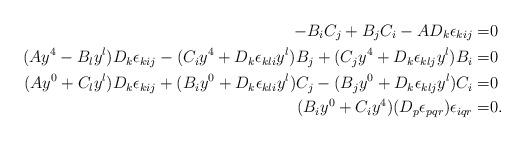
LaTeX: \begin{align*}-B_i C_j+B_j C_i-AD_k \epsilon_{kij} = & 0\\ (Ay^4-B_l y^l) D_k\epsilon_{kij}-(C_i y^4+D_k \epsilon_{kli} y^l)B_j + (C_j y^4+D_k \epsilon_{klj} y^l)B_i =& 0\\ (Ay^0+C_l y^l) D_k\epsilon_{kij}+(B_i y^0+D_k \epsilon_{kli} y^l)C_j -(B_j y^0+D_k \epsilon_{klj} y^l)C_i = & 0\\ (B_i y^0+C_i y^4)(D_p\epsilon_{pqr}) \epsilon_{iqr} =& 0.\end{align*}